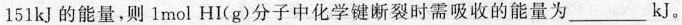
151kJ的能量，则lmol HI(g)分子中化学键断裂时需吸收的能量为___kJ。